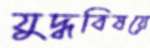
যুদ্ধবিষয়ে